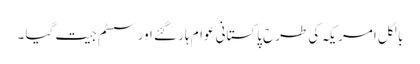
بالکل امریکہ کی طرح پاکستانی عوام ہار گئے اور سسٹم جیت گیا ۔